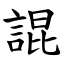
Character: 䛰